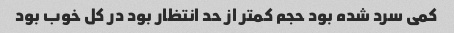
کمی سرد شده بود حجم کمتر از حد انتظار بود در کل خوب بود